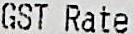
GST RATE